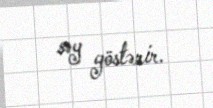
səy göstərir.